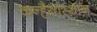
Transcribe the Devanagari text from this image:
कन्हैयास्थान